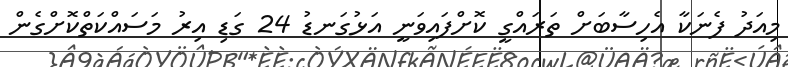
މިއަދު ފެނަކާ އެހިސާބަށް ތަރައްގީ ކޮށްފައިވަނީ އަޅުގަނޑު 24 ގަޑި އިރު މަސައްކަތްކޮށްގެން